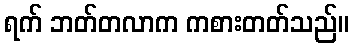
ရက် ဘတ်တလာက ကစားတတ်သည်။